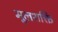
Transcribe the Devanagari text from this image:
मूलशक्ति